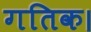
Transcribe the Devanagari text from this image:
गतिक।